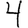
Digit: 4